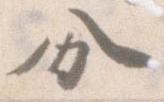
分